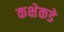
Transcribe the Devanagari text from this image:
कक्षेकडे